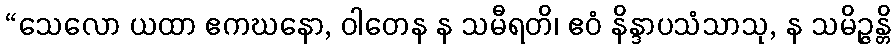
“သေလော ယထာ ဧကဃနော, ဝါတေန န သမီရတိ၊ ဧဝံ နိန္ဒာပသံသာသု, န သမိဉ္ဇန္တိ